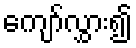
ကျော်လွှား၍